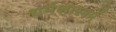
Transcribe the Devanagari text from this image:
धर्मशास्त्रमें